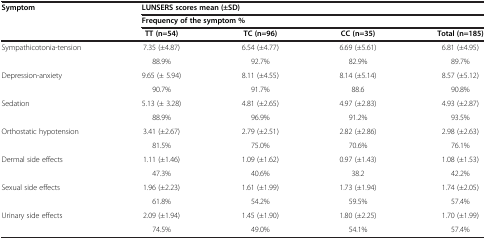
<table><thead><tr><td rowspan="2"><b>Symptom</b></td><td colspan="4"><b>LUNSERS scores mean (±SD)</b></td></tr><tr><td colspan="4"><b>Frequency of the symptom %</b></td></tr><tr><td><b> </b></td><td><b>TT (n=54)</b></td><td><b>TC (n=96)</b></td><td><b>CC (n=35)</b></td><td><b>Total (n=185)</b></td></tr></thead><tbody><tr><td>Sympathicotonia-tension</td><td>7.35 (±4.87)</td><td>6.54 (±4.77)</td><td>6.69 (±5.61)</td><td>6.81 (±4.95)</td></tr><tr><td> </td><td>88.9%</td><td>92.7%</td><td>82.9%</td><td>89.7%</td></tr><tr><td>Depression-anxiety</td><td>9.65 (± 5.94)</td><td>8.11 (±4.55)</td><td>8.14 (±5.14)</td><td>8.57 (±5.12)</td></tr><tr><td> </td><td>90.7%</td><td>91.7%</td><td>88.6</td><td>90.8%</td></tr><tr><td>Sedation</td><td>5.13 (± 3.28)</td><td>4.81 (±2.65)</td><td>4.97 (±2.83)</td><td>4.93 (±2.87)</td></tr><tr><td> </td><td>88.9%</td><td>96.9%</td><td>91.2%</td><td>93.5%</td></tr><tr><td>Orthostatic hypotension</td><td>3.41 (±2.67)</td><td>2.79 (±2.51)</td><td>2.82 (±2.86)</td><td>2.98 (±2.63)</td></tr><tr><td> </td><td>81.5%</td><td>75.0%</td><td>70.6%</td><td>76.1%</td></tr><tr><td>Dermal side effects</td><td>1.11 (±1.46)</td><td>1.09 (±1.62)</td><td>0.97 (±1.43)</td><td>1.08 (±1.53)</td></tr><tr><td> </td><td>47.3%</td><td>40.6%</td><td>38.2</td><td>42.2%</td></tr><tr><td>Sexual side effects</td><td>1.96 (±2.23)</td><td>1.61 (±1.99)</td><td>1.73 (±1.94)</td><td>1.74 (±2.05)</td></tr><tr><td> </td><td>61.8%</td><td>54.2%</td><td>59.5%</td><td>57.4%</td></tr><tr><td>Urinary side effects</td><td>2.09 (±1.94)</td><td>1.45 (±1.90)</td><td>1.80 (±2.25)</td><td>1.70 (±1.99)</td></tr><tr><td> </td><td>74.5%</td><td>49.0%</td><td>54.1%</td><td>57.4%</td></tr></tbody></table>